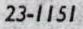
23-1151